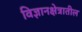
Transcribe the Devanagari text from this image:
विज्ञानक्षेत्रातील